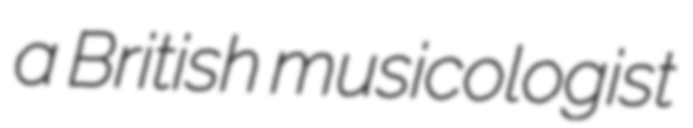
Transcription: a British musicologist